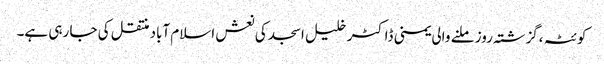
کوئٹہ ،گزشتہ روز ملنے والی یمنی ڈاکٹر خلیل اسجد کی نعش اسلام آباد منتقل کی جا رہی ہے۔